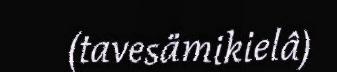
(tavesämikielâ)